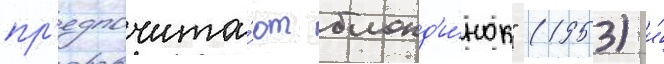
пр'едпочита́ют блонд'и́нок" (1953) и́